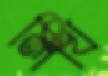
লিখি